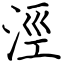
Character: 涇